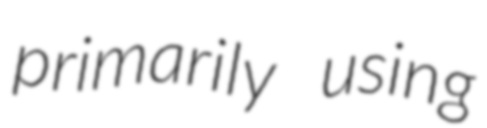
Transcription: primarily using